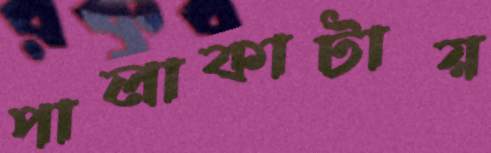
পালাকাটায়